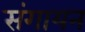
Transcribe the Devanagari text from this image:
संगायन